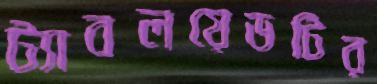
ট্যাবলয়েডটির